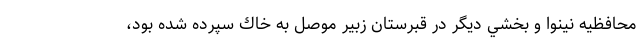
محافظيه نينوا و بخشي ديگر در قبرستان زبير موصل به خاك سپرده شده بود،